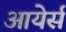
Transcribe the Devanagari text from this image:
आयेर्स